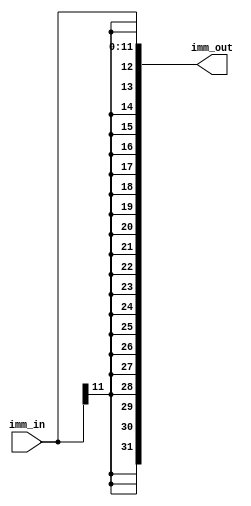
module imm_generator(imm_in,imm_out);

input [11:0] imm_in;
output [31:0] imm_out;

assign imm_out[31:12] = {20{imm_in[11]}};
assign imm_out[11:0] = imm_in;

endmodule